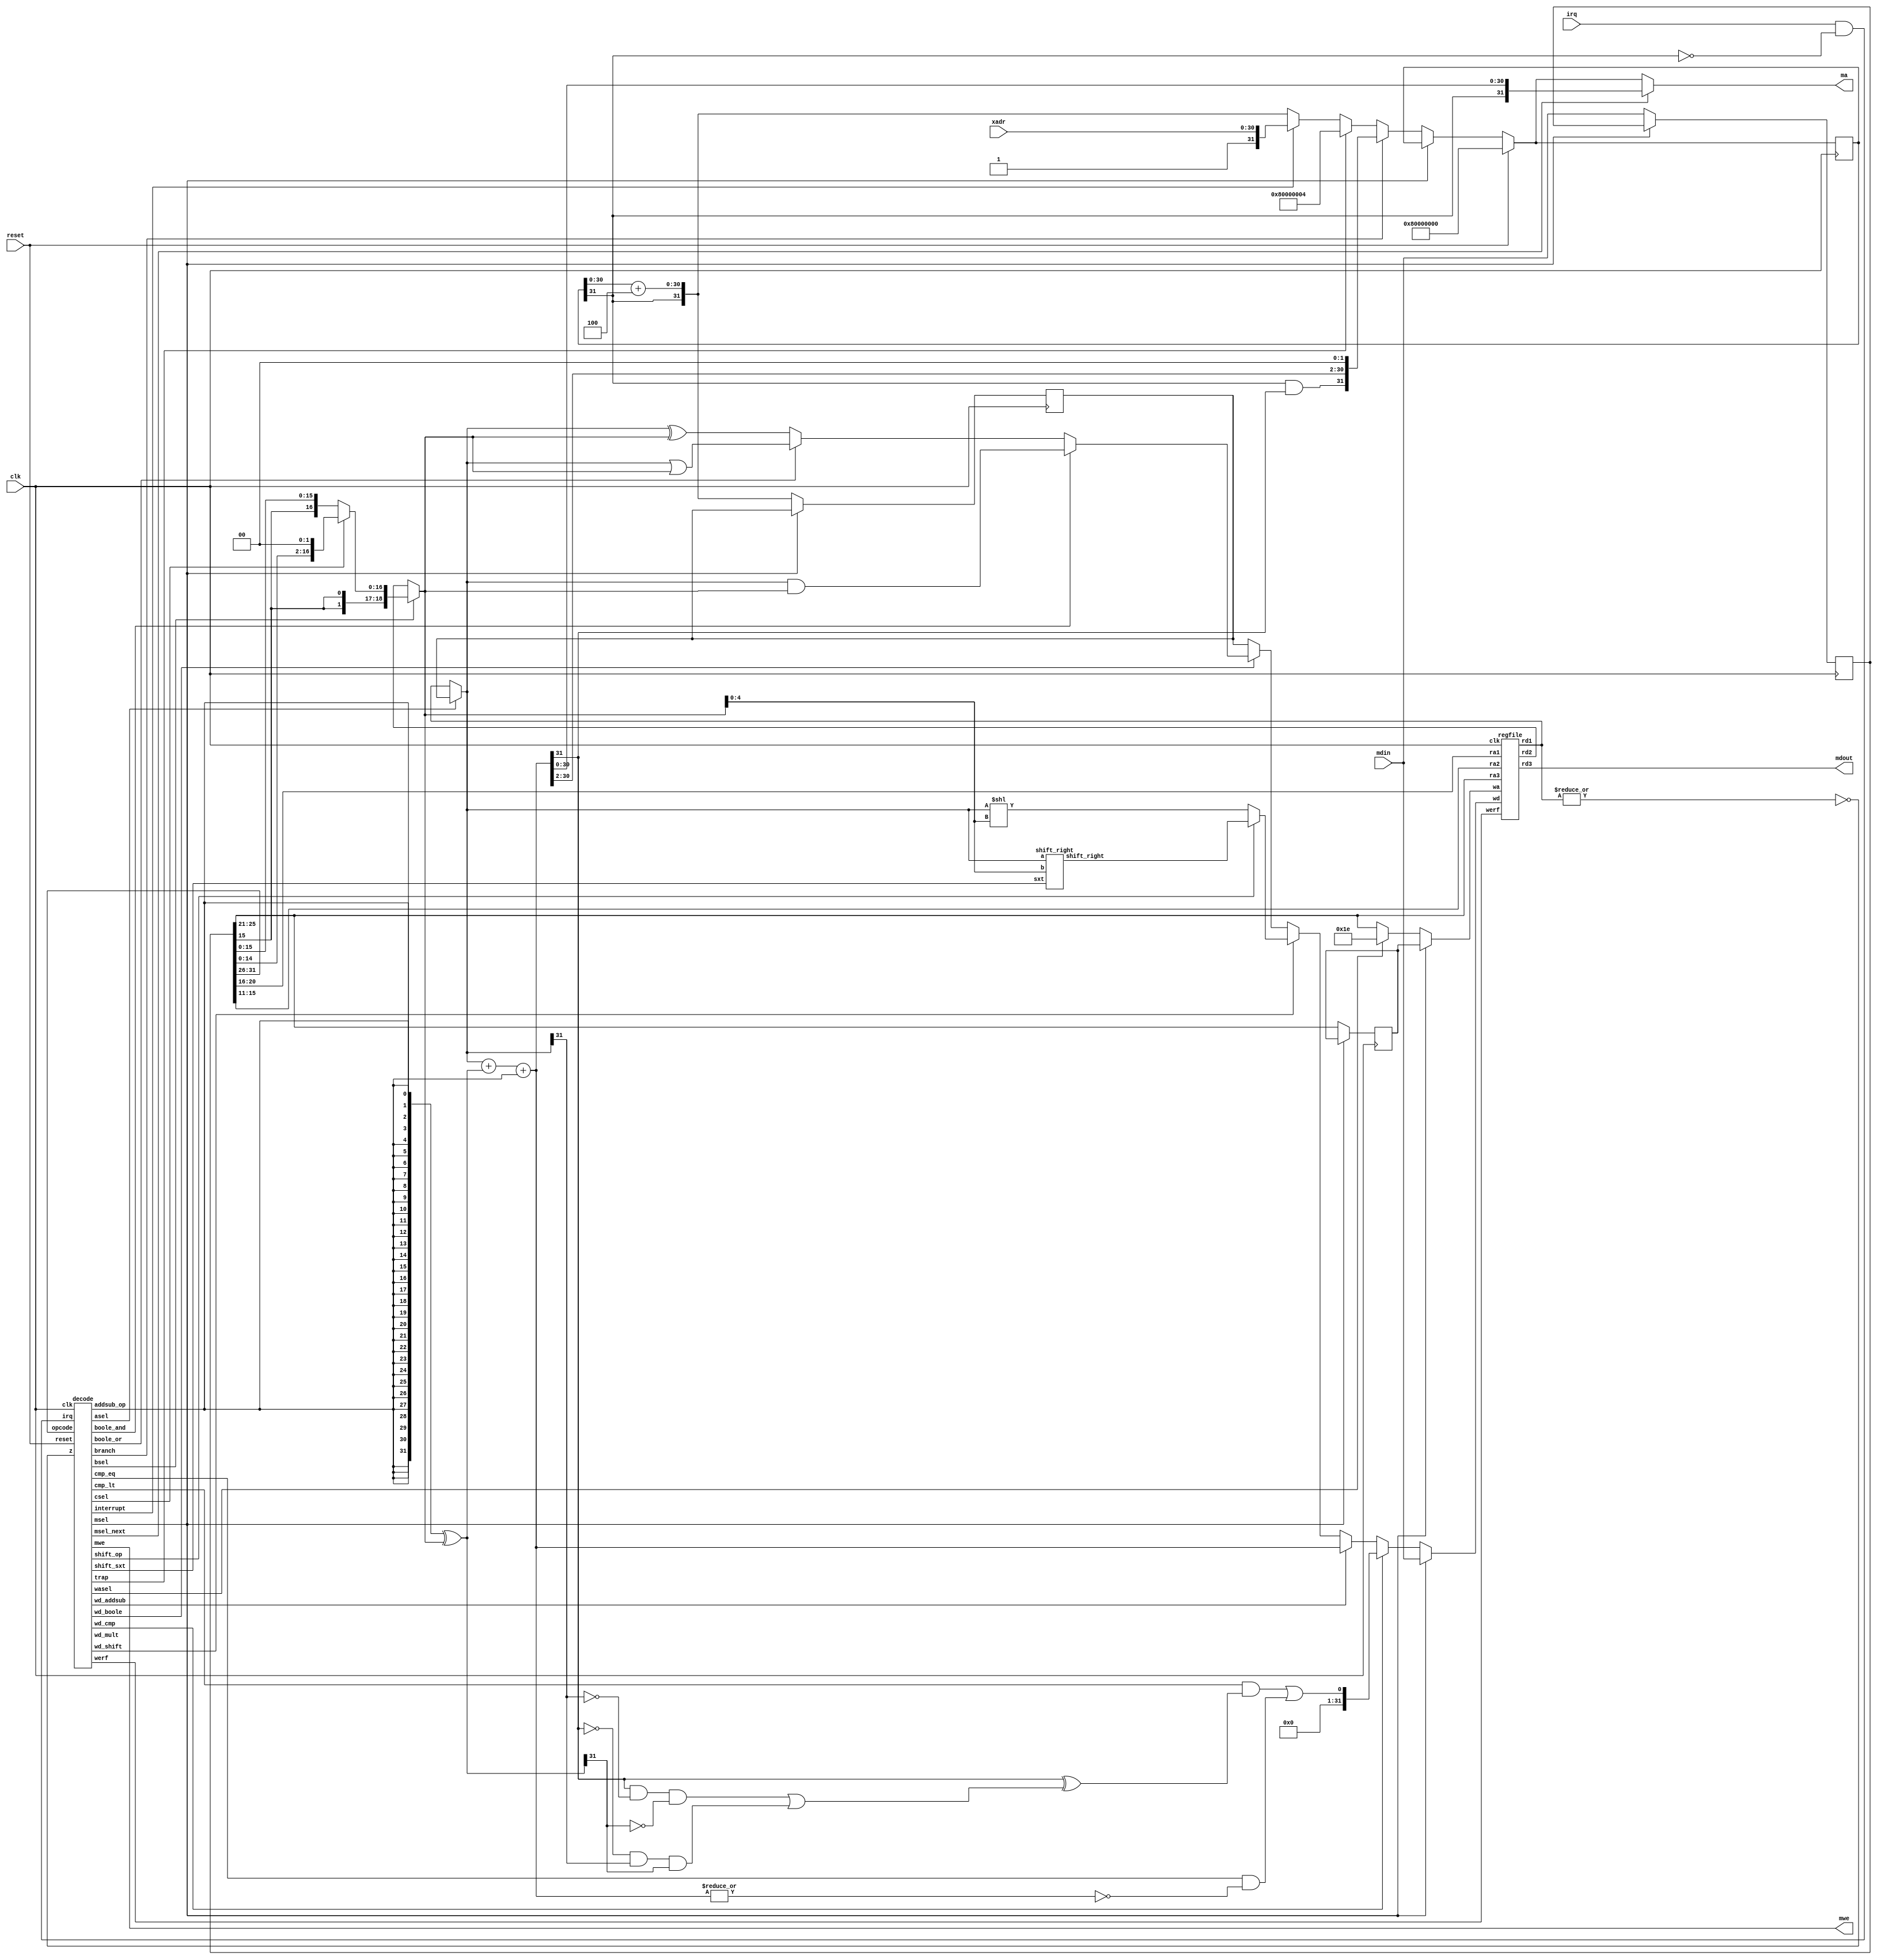
///////////////////////////////////////////////////////////////////////////////
//
//	2-stage pipelined Beta (one bidirectional memory port) [cjt]
//
///////////////////////////////////////////////////////////////////////////////

module beta2(clk,reset,irq,xadr,ma,mdin,mdout,mwe);
  input clk,reset,irq;
  input [30:0] xadr;
  output [31:0] ma,mdout;
  input [31:0] mdin;
  output mwe;

  // beta2 registers
  reg [31:0] npc = 0;
  reg [31:0] pc_inc = 0;
  reg [31:0] inst = 0;
  reg [4:0] rc_save = 0;  // needed for second cycle on LD,LDR

  // internal buses
  wire [31:0] rd1,rd2,wd;
  wire [31:0] a,b,xb,c,addsub,cmp,shift,boole,mult;

  // control signals
  wire wasel,werf,z,asel,bsel,csel;
  wire addsub_op,cmp_lt,cmp_eq,shift_op,shift_sxt,boole_and,boole_or;
  wire wd_addsub,wd_cmp,wd_shift,wd_boole,wd_mult;
  wire msel,msel_next,branch,trap,interrupt;

  // pc
  wire [31:0] npc_inc,npc_next;
  assign npc_inc = npc + 4;
  assign npc_next = reset ? 32'h80000000 :
                    msel ? npc :
                    branch ? {npc[31] & addsub[31],addsub[30:2],2'b00} :
                    trap ? 32'h80000004 :
                    interrupt ? {1'b1,xadr} :
                    {npc[31],npc_inc[30:0]};
  always @ (posedge clk) begin
    npc <= npc_next;   // logic for msel handled above
    if (!msel) pc_inc <= {npc[31],npc_inc[30:0]};
  end

  // instruction reg
  always @ (posedge clk) if (!msel) inst <= mdin;

  // control logic
  decode ctl(.clk(clk),.reset(reset),.irq(irq & !npc[31]),.z(z),
             .opcode(inst[31:26]),
             .asel(asel),.bsel(bsel),.csel(csel),.wasel(wasel),
             .werf(werf),.msel(msel),.msel_next(msel_next),.mwe(mwe),
             .addsub_op(addsub_op),.cmp_lt(cmp_lt),.cmp_eq(cmp_eq),
             .shift_op(shift_op),.shift_sxt(shift_sxt),
             .boole_and(boole_and),.boole_or(boole_or),
             .wd_addsub(wd_addsub),.wd_cmp(wd_cmp),
             .wd_shift(wd_shift),.wd_boole(wd_boole),.wd_mult(wd_mult),
             .branch(branch),.trap(trap),.interrupt(interrupt));
                  
  // register file
  wire [4:0] wa;
  always @ (posedge clk) if (!msel) rc_save <= inst[25:21];
  assign wa = msel ? rc_save : wasel ? 5'd30 : inst[25:21];

  regfile rf(inst[20:16],rd1,inst[15:11],rd2,inst[25:21],mdout,
                 wa,wd,clk,werf);

  assign z = ~| rd1;   // used in BEQ/BNE instructions

  // alu
  assign a = asel ? pc_inc : rd1;
  assign b = bsel ? c : rd2;
  assign c = csel ? {{14{inst[15]}},inst[15:0],2'b00} :
                    {{16{inst[15]}},inst[15:0]};

  wire addsub_n,addsub_v,addsub_z;
  assign xb = {32{addsub_op}} ^ b;
  assign addsub = a + xb + addsub_op;
  assign addsub_n = addsub[31];
  assign addsub_v = (addsub[31] & ~a[31] & ~xb[31]) |
                    (~addsub[31] & a[31] & xb[31]);
  assign addsub_z = ~| addsub;

  assign cmp[31:1] = 0;
  assign cmp[0] = (cmp_lt & (addsub_n ^ addsub_v)) | (cmp_eq & addsub_z);

  //mul32 mpy(a,b,mult);

  wire [31:0] shift_right;
  // Verilog >>> operator not synthesized correctly, so do it by hand
  shift_right sr(shift_sxt,a,b[4:0],shift_right);
  assign shift = shift_op ? shift_right : a << b[4:0];

  assign boole = boole_and ? (a & b) : boole_or ? (a | b) : a ^ b;

  // result mux, listed in order of speed (slowest first)
  assign wd = msel ? mdin :
              wd_cmp ? cmp :
              wd_addsub ? addsub :
              //wd_mult ? mult :
              wd_shift ? shift :
              wd_boole ? boole :
              pc_inc;

  // assume synchronous external memory
  assign ma = msel_next ? {npc[31],addsub[30:0]} : npc_next;
endmodule

///////////////////////////////////////////////////////////////////////////////
//
//	3-port register file
//
///////////////////////////////////////////////////////////////////////////////

// Beta register file: 32 registers of 32 bits
// R31 always reads as 0
// 3 read ports, 1 write port
module regfile(ra1,rd1,ra2,rd2,ra3,rd3,wa,wd,clk,werf);
  input [4:0] ra1,ra2,ra3,wa;
  output [31:0] rd1,rd2,rd3;
  input [31:0] wd;
  input clk,werf;

  (* ram_style = "distributed" *)
  reg [31:0] regfile[31:0];
  //this may be required for simulation?
  integer i; initial for (i = 0; i < 32; i = i + 1) regfile[i] = 32'h0;

  assign rd1 = regfile[ra1];
  assign rd2 = regfile[ra2];
  assign rd3 = regfile[ra3];

  always @ (posedge clk)
    if (werf && wa != 31) regfile[wa] <= wd;

endmodule

///////////////////////////////////////////////////////////////////////////////
//
//	Instruction decode (inst => datapath control signals)
//
///////////////////////////////////////////////////////////////////////////////

module decode(clk,reset,irq,z,opcode,
              asel,bsel,csel,wasel,werf,msel,msel_next,mwe,
              addsub_op,cmp_lt,cmp_eq,
              shift_op,shift_sxt,boole_and,boole_or,
              wd_addsub,wd_cmp,wd_shift,wd_boole,wd_mult,
	      branch,trap,interrupt);
  input clk,reset,irq,z;
  input [5:0] opcode;
  output asel,bsel,csel,wasel,werf,msel,msel_next,mwe;
  output addsub_op,shift_op,shift_sxt,cmp_lt,cmp_eq,boole_and,boole_or;
  output wd_addsub,wd_cmp,wd_shift,wd_boole,wd_mult;
  output branch,trap,interrupt;

  reg asel,bsel,csel,wasel,mem_next;
  reg addsub_op,shift_op,shift_sxt,cmp_lt,cmp_eq,boole_and,boole_or;
  reg wd_addsub,wd_cmp,wd_shift,wd_boole,wd_mult;
  reg branch,trap,interrupt;

  // a little bit of state...
  reg annul,msel,mwrite;

  always @ (opcode or z or annul or msel or irq or reset)
  begin
    // initial assignments for all control signals
    asel = 1'hx;
    bsel = 1'hx;
    csel = 1'hx;
    addsub_op = 1'hx;
    shift_op = 1'hx;
    shift_sxt = 1'hx;
    cmp_lt = 1'hx;
    cmp_eq = 1'hx;
    boole_and = 1'hx;
    boole_or = 1'hx;

    wasel = 0;
    mem_next = 0;

    wd_addsub = 0;
    wd_cmp = 0;
    wd_shift = 0;
    wd_boole = 0;
    wd_mult = 0;

    branch = 0;
    trap = 0;
    interrupt = 0;

    if (irq && !reset && !annul && !msel) begin
      interrupt = 1;
      wasel = 1;
    end else casez (opcode)
      6'b011000: begin   // LD
                   asel = 0; bsel = 1; csel = 0;
                   addsub_op = 0;
		   mem_next = 1;
                 end
      6'b011001: begin   // ST
                   asel = 0; bsel = 1; csel = 0;
                   addsub_op = 0;
		   mem_next = 1;
                 end
      6'b011011: begin   // JMP
                   asel = 0; bsel = 1; csel = 0;
                   addsub_op = 0;
                   branch = !annul && !msel;
                 end
      6'b011101: begin   // BEQ
                   asel = 1; bsel = 1; csel = 1;
                   addsub_op = 0;
                   branch = !annul && !msel && z;
                 end
      6'b011110: begin   // BNE
                   asel = 1; bsel = 1; csel = 1;
                   addsub_op = 0;
                   branch = !annul && !msel && ~z;
                 end
      6'b011111: begin   // LDR
                   asel = 1; bsel = 1; csel = 1;
                   addsub_op = 0;
		   mem_next = 1;
                 end
      6'b1?0000: begin   // ADD, ADDC
                   asel = 0; bsel = opcode[4]; csel = 0;
                   addsub_op = 0;
                   wd_addsub = 1;
                 end
      6'b1?0001: begin   // SUB, SUBC
                   asel = 0; bsel = opcode[4]; csel = 0;
                   addsub_op = 1;
                   wd_addsub = 1;
                 end
      //6'b1?0010: begin   // MUL, MULC
      //             asel = 0; bsel = opcode[4]; csel = 0;
      //             wd_mult = 1;
      //           end
      6'b1?0100: begin   // CMPEQ, CMPEQC
                   asel = 0; bsel = opcode[4]; csel = 0;
                   addsub_op = 1;
		   cmp_eq = 1; cmp_lt = 0;
                   wd_cmp = 1;
                 end
      6'b1?0101: begin   // CMPLT, CMPLTC
                   asel = 0; bsel = opcode[4]; csel = 0;
                   addsub_op = 1;
		   cmp_eq = 0; cmp_lt = 1;
                   wd_cmp = 1;
                 end
      6'b1?0110: begin   // CMPLE, CMPLEC
                   asel = 0; bsel = opcode[4]; csel = 0;
                   addsub_op = 1;
		   cmp_eq = 1; cmp_lt = 1;
                   wd_cmp = 1;
                 end
      6'b1?1000: begin   // AND, ANDC
                   asel = 0; bsel = opcode[4]; csel = 0;
                   boole_and = 1; boole_or = 0;
                   wd_boole = 1;
                 end
      6'b1?1001: begin   // OR, ORC
                   asel = 0; bsel = opcode[4]; csel = 0;
                   boole_and = 0; boole_or = 1;
                   wd_boole = 1;
                 end
      6'b1?1010: begin   // XOR, XORC
                   asel = 0; bsel = opcode[4]; csel = 0;
                   boole_and = 0; boole_or = 0;
                   wd_boole = 1;
                 end
      6'b1?1100: begin   // SHL, SHLC
                   asel = 0; bsel = opcode[4]; csel = 0;
                   shift_op = 0;
                   wd_shift = 1;
                 end
      6'b1?1101: begin   // SHR, SHRC
                   asel = 0; bsel = opcode[4]; csel = 0;
                   shift_op = 1; shift_sxt = 0;
                   wd_shift = 1;
                 end
      6'b1?1110: begin   // SRA, SRAC
                   asel = 0; bsel = opcode[4]; csel = 0;
                   shift_op = 1; shift_sxt = 1;
                   wd_shift = 1;
                 end
      default:   begin   // illegal opcode
                   trap = !annul && !msel; wasel = 1;
                 end
    endcase
  end

  // state
  wire msel_next = !reset && !annul && mem_next && !msel;
  wire mwrite_next = msel_next && opcode==6'b011001;
 
  always @ (posedge clk)
  begin
    annul <= !reset && (trap || branch || interrupt);
    msel <= msel_next;
    mwrite <= mwrite_next;
  end

  assign mwe = mwrite_next;   // assume synchronous memory
  assign werf = msel ? !mwrite : (!annul & !mem_next);
endmodule

///////////////////////////////////////////////////////////////////////////////
//
//	32-bit signed/unsiged right shift
//
///////////////////////////////////////////////////////////////////////////////

module shift_right(sxt,a,b,shift_right);
  input sxt;
  input [31:0] a;
  input [4:0] b;
  output [31:0] shift_right;

  wire [31:0] w,x,y,z;
  wire sin;

  assign sin = sxt & a[31];
  assign w = b[0] ? {sin,a[31:1]} : a;
  assign x = b[1] ? {{2{sin}},w[31:2]} : w;
  assign y = b[2] ? {{4{sin}},x[31:4]} : x;
  assign z = b[3] ? {{8{sin}},y[31:8]} : y;
  assign shift_right = b[4] ? {{16{sin}},z[31:16]} : z;
endmodule